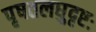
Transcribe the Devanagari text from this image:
पृषतलघुदृष्टः